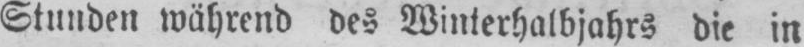
Stunden während des Winterhalbjahrs die in